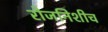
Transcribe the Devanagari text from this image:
रोजनिशीच